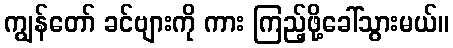
ကျွန်တော် ခင်ဗျားကို ကား ကြည့်ဖို့ခေါ်သွားမယ်။